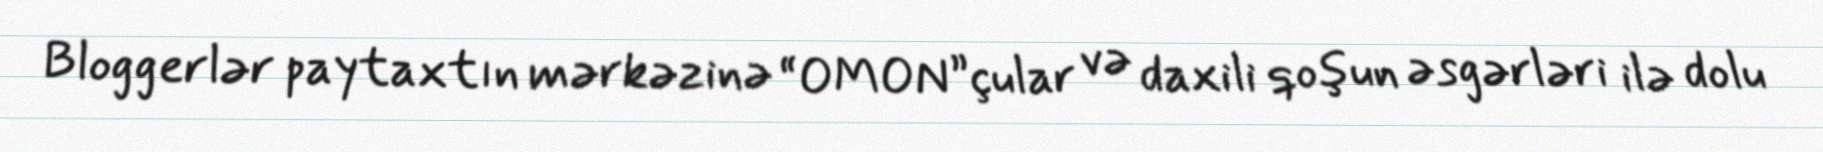
Bloggerlər paytaxtın mərkəzinə “OMON”çular və daxili qoşun əsgərləri ilə dolu